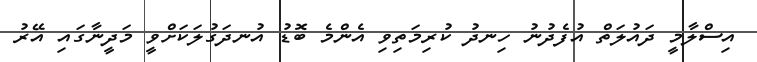
އިސްލާމީ ދައުލަތް އުފެދުނު ހިނދު ކުރިމަތިވި އެންމެ ބޮޑު އުނދަގުލަކަށްވީ މަދީނާގައި އޭރު